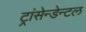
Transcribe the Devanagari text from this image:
ट्रांसेन्डेन्टल